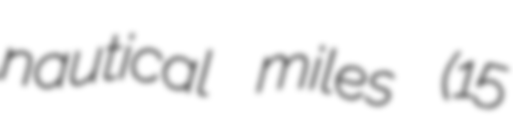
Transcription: nautical miles (15